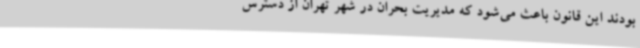
بودند این قانون باعث می‌شود که مدیریت بحران در شهر تهران از دسترس